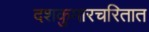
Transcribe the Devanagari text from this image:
दशकुमारचरितात